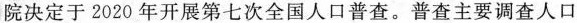
院决定于2020年开展第七次全国人口普查。普查主要调查人口